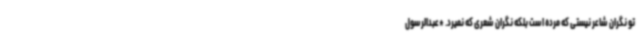
تو نگران شاعر نیستی که مرده است بلکه نگران شعری که نمیرد. *عبدالرسول